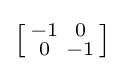
{\bigl [}{\begin{smallmatrix}-1&0\\0&-1\end{smallmatrix}}{\bigr ]}